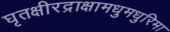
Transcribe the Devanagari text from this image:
घृतक्षीरद्राक्षामधुमधुरिमा